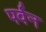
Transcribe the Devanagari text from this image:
पर्वन